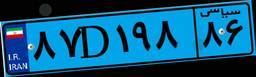
۹۹D۲۰۸۷۰